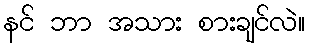
နင် ဘာ အသား စားချင်လဲ။